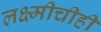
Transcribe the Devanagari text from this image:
लक्ष्मीचीही